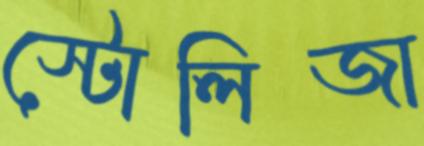
স্টোলিজা